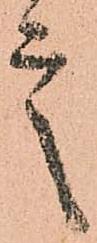
言